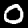
Label: 0